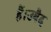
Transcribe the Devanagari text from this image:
हैं।उबैद